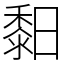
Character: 䵒